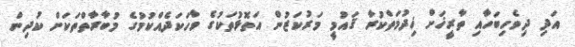
އަދި ދިވެހިބަހާއި ތާރީޚަށް ޚިދުމަތްކުރާ ޤައުމީ މަރުކަޒުން އަތޮޅުތަކުގެ ވާހަކަދެއްކުމުގެ މުބާރާތްތަކަށް ކުދިން